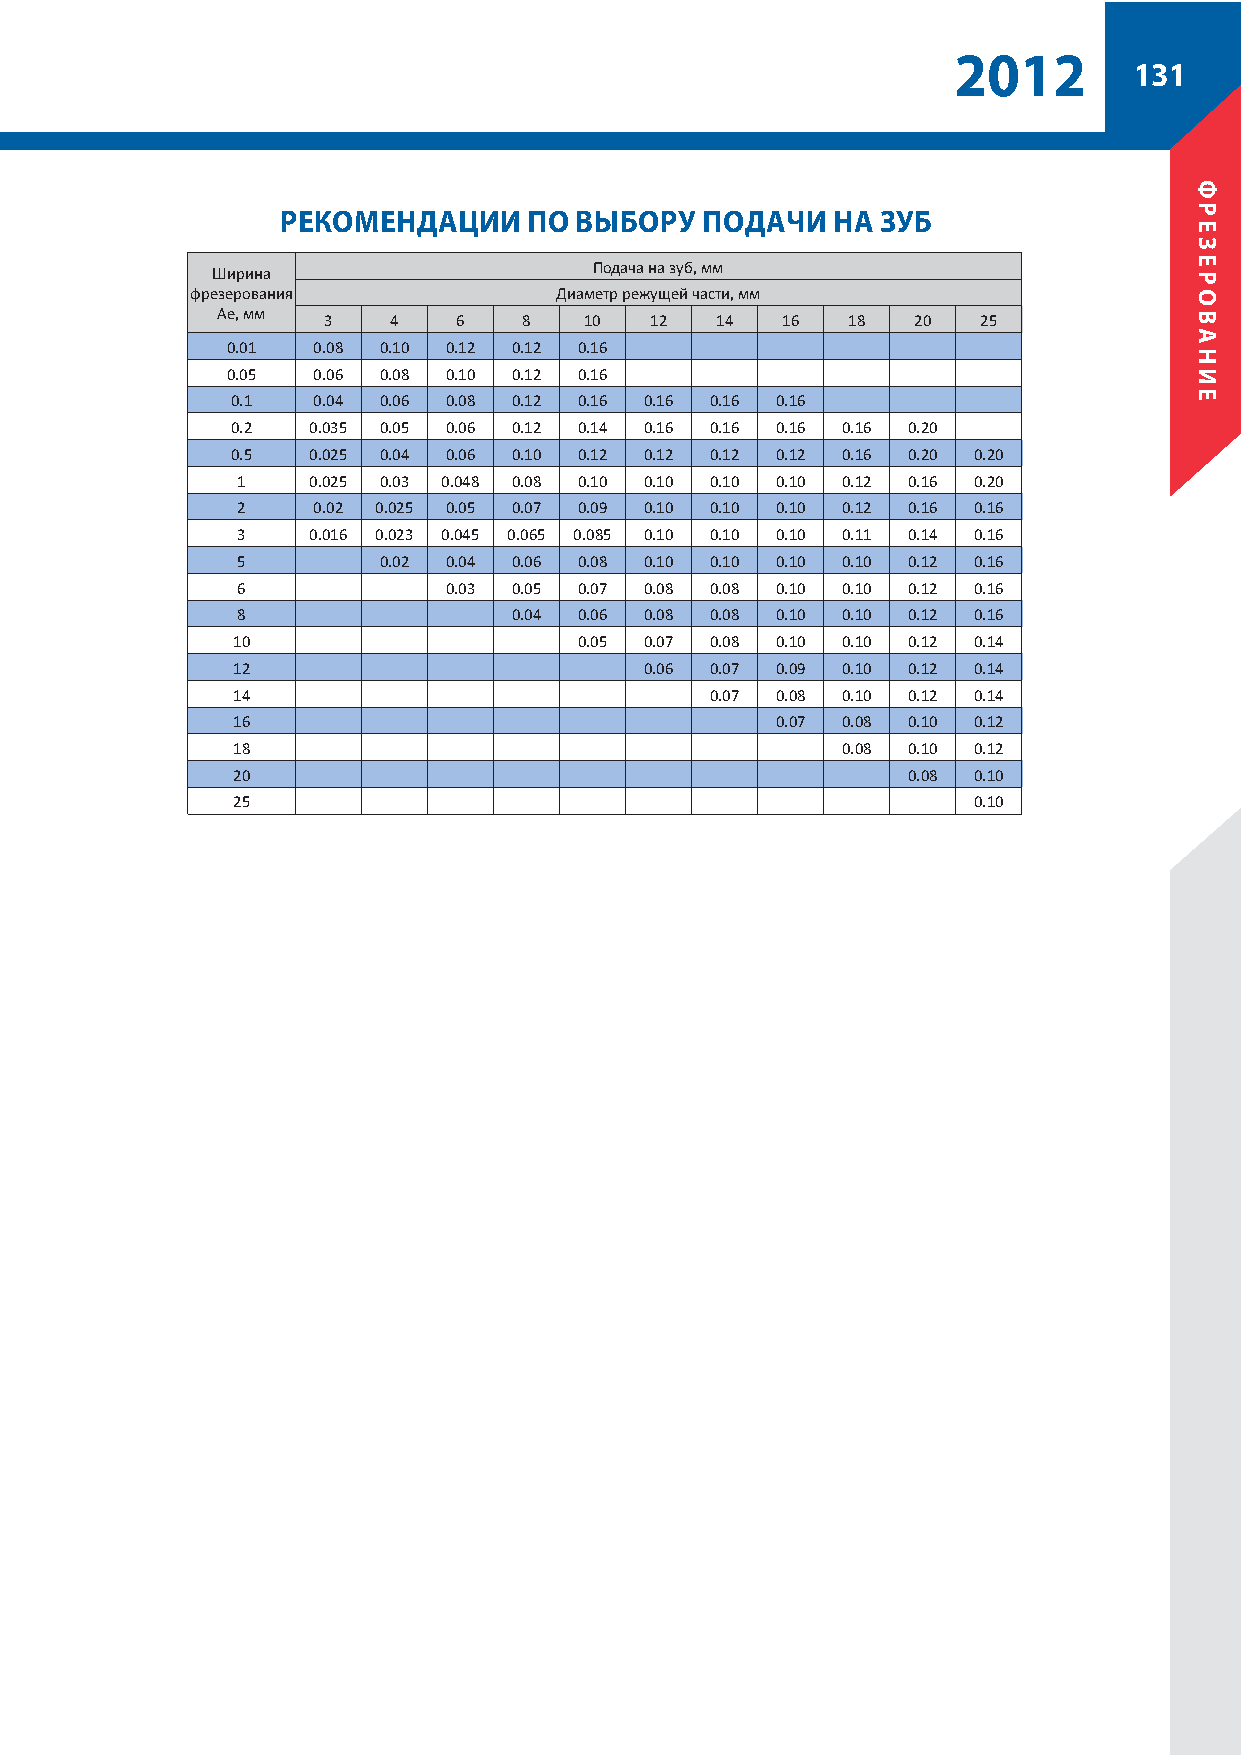
2012
 131
 РЕКОМЕНДАЦИИ    ПО ВЫБОРУ  ПОДАЧИ   НА ЗУБ
 Подача на зуб, мм
 Ширина
 фрезерования            Диаметр режущей части, мм
 Ae, мм
 3    4   6    8   10  12  14   16  18  20   25
 0.01  0.08 0.10 0.12 0.12 0.16
 0.05  0.06 0.08 0.10 0.12 0.16
 0.1   0.04 0.06 0.08 0.12 0.16 0.16 0.16 0.16
 0.2  0.035 0.05 0.06 0.12 0.14 0.16 0.16 0.16 0.16 0.20
 0.5  0.025 0.04 0.06 0.10 0.12 0.12 0.12 0.12 0.16 0.20 0.20
 1   0.025 0.03 0.048 0.08 0.10 0.10 0.10 0.10 0.12 0.16 0.20
 2    0.02 0.025 0.05 0.07 0.09 0.10 0.10 0.10 0.12 0.16 0.16
 3   0.016 0.023 0.045 0.065 0.085 0.10 0.10 0.10 0.11 0.14 0.16
 5        0.02 0.04 0.06 0.08 0.10 0.10 0.10 0.10 0.12 0.16
 6            0.03 0.05 0.07 0.08 0.08 0.10 0.10 0.12 0.16
 8                 0.04 0.06 0.08 0.08 0.10 0.10 0.12 0.16
 10                     0.05 0.07 0.08 0.10 0.10 0.12 0.14
 12                          0.06 0.07 0.09 0.10 0.12 0.14
 14                              0.07 0.08 0.10 0.12 0.14
 16                                  0.07 0.08 0.10 0.12
 18                                       0.08 0.10 0.12
 20                                           0.08 0.10
 25                                               0.10
 ФРЕЗЕРОВАНИЕ